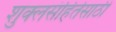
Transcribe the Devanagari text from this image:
शुक्लसंहितेसाठी